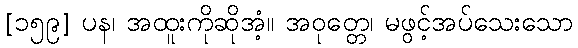
[၁၅၉] ပန၊ အထူးကိုဆိုအံ့။ အဝုတ္တေ၊ မဖွင့်အပ်သေးသော